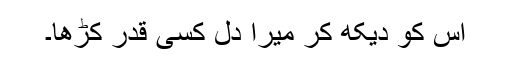
اس کو دیکھ کر میرا دل کسی قدر کڑھا۔